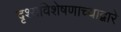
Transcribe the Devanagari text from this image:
दृश्यविशेषणाच्याद्वारे